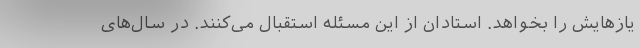
یازهایش را بخواهد. استادان از این مسئله استقبال می‌کنند. در سال‌های